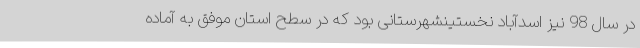
در سال 98 نیز اسدآباد نخستینشهرستانی بود که در سطح استان موفق به آماده